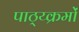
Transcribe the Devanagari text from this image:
पाठ्य्क्रमों